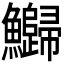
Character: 𬵻